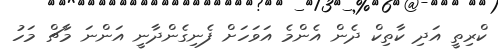
ކްރިތީ އަދި ކާތިކް ދެން އެންމެ އަވަހަށް ފެނިގެންދާނީ އަންނަ މާޗް މަހު